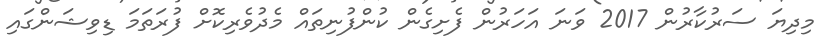
މިދިޔަ ސަރުކާރުން 2017 ވަނަ އަހަރުން ފެށިގެން ކުންފުނިތައް މެދުވެރިކޮށް ފުރަތަމަ ޑިވިޝަންގައި